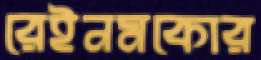
রেইনমকোর